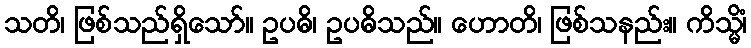
သတိ၊ ဖြစ်သည်ရှိသော်။ ဥပဓိ၊ ဥပဓိသည်။ ဟောတိ၊ ဖြစ်သနည်း။ ကိသ္မိံ၊